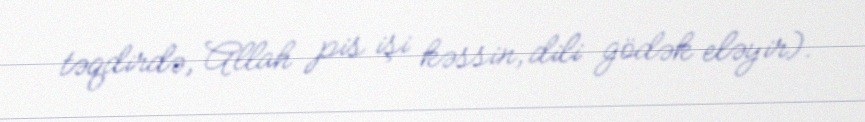
təqdirdə, Allah pis işi kəssin, dili gödək eləyir).